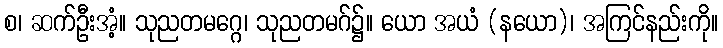
စ၊ ဆက်ဦးအံ့။ သုညတမဂ္ဂေ၊ သုညတမဂ်၌။ ယော အယံ (နယော)၊ အကြင်နည်းကို။